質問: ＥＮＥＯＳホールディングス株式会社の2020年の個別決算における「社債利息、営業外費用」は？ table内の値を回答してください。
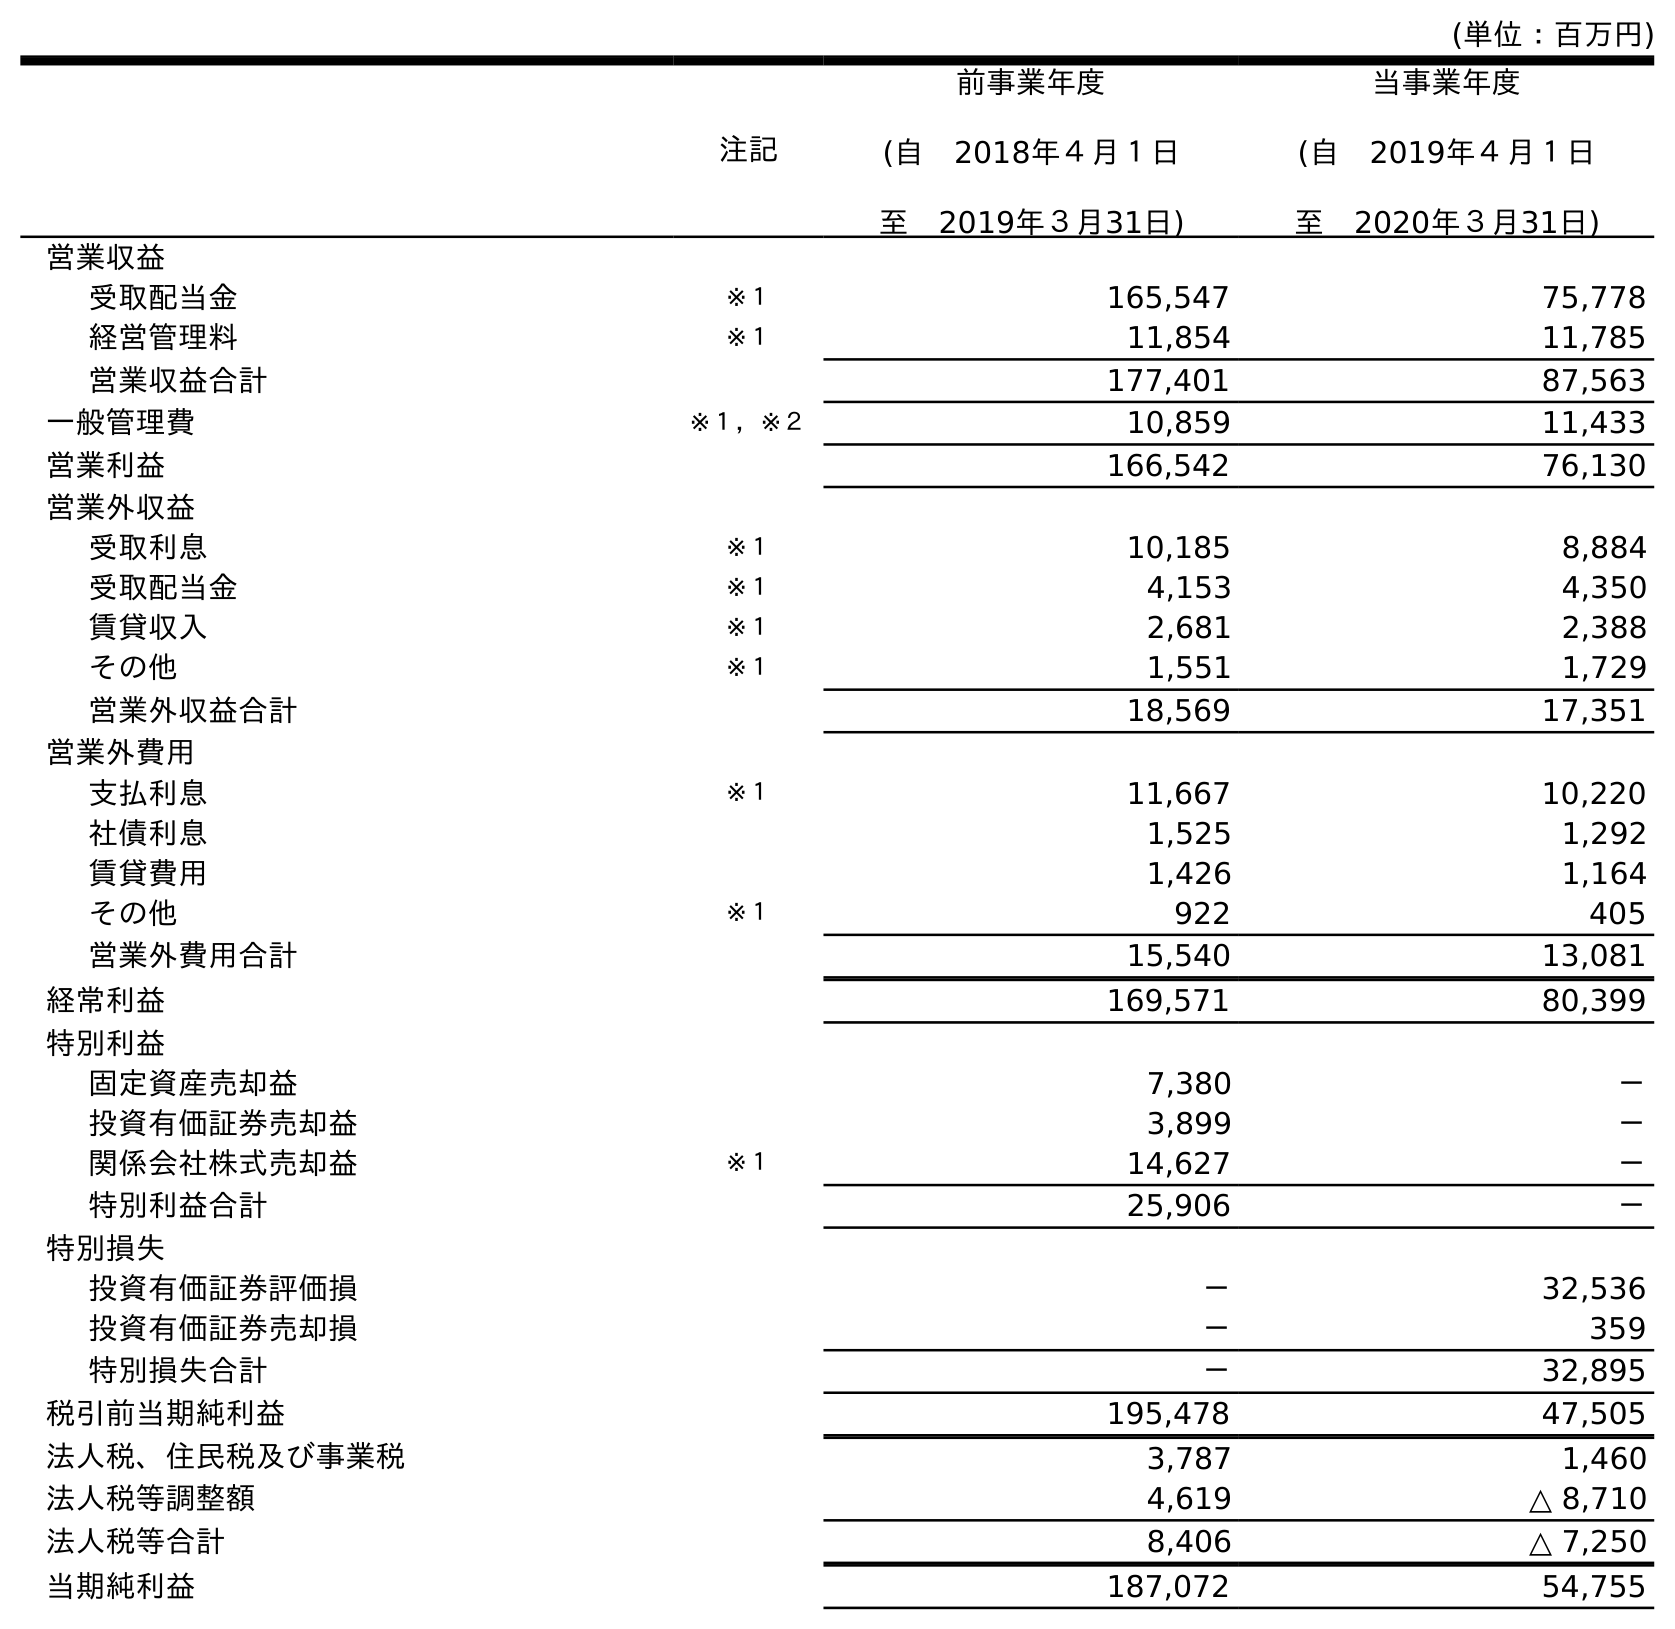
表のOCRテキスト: (単位：百万円) 注記 前事業年度 (自 2018年４月１日 至 2019年３月31日) 当事業年度 (自 2019年４月１日 至 2020年３月31日) 営業収益 受取配当金 ※１ 165,547 75,778 経営管理料 ※１ 11,854 11,785 営業収益合計 177,401 87,563 一般管理費 ※１，※２ 10,859 11,433 営業利益 166,542 76,130 営業外収益 受取利息 ※１ 10,185 8,884 受取配当金 ※１ 4,153 4,350 賃貸収入 ※１ 2,681 2,388 その他 ※１ 1,551 1,729 営業外収益合計 18,569 17,351 営業外費用 支払利息 ※１ 11,667 10,220 社債利息 1,525 1,292 賃貸費用 1,426 1,164 その他 ※１ 922 405 営業外費用合計 15,540 13,081 経常利益 169,571 80,399 特別利益 固定資産売却益 7,380 － 投資有価証券売却益 3,899 － 関係会社株式売却益 ※１ 14,627 － 特別利益合計 25,906 － 特別損失 投資有価証券評価損 － 32,536 投資有価証券売却損 － 359 特別損失合計 － 32,895 税引前当期純利益 195,478 47,505 法人税、住民税及び事業税 3,787 1,460 法人税等調整額 4,619 △ 8,710 法人税等合計 8,406 △ 7,250 当期純利益 187,072 54,755
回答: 1,292